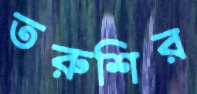
তরুশির